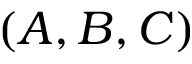
( A , B , C )